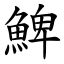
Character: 䱝